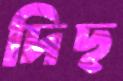
দিছ